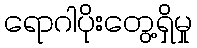
ရောဂါပိုးတွေ့ရှိမှု